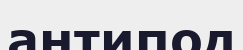
антипод